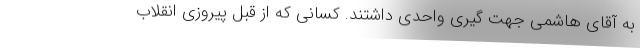
به آقای هاشمی جهت گیری واحدی داشتند. کسانی که از قبل پیروزی انقلاب